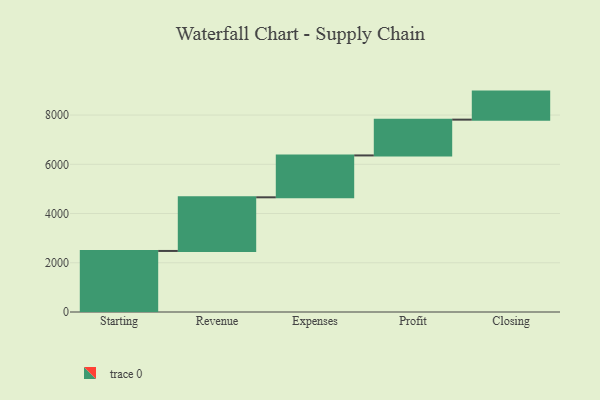
{"axis": {"x": "Step", "y": "Value"}, "legend": [""], "data": [{"x": "Starting", "y": 2480.0, "type": ""}, {"x": "Revenue", "y": 2179.0, "type": ""}, {"x": "Expenses", "y": 1701.0, "type": ""}, {"x": "Profit", "y": 1454.0, "type": ""}, {"x": "Closing", "y": 1139.0, "type": ""}]}